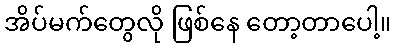
အိပ်မက်တွေလို ဖြစ်နေ တော့တာပေါ့။